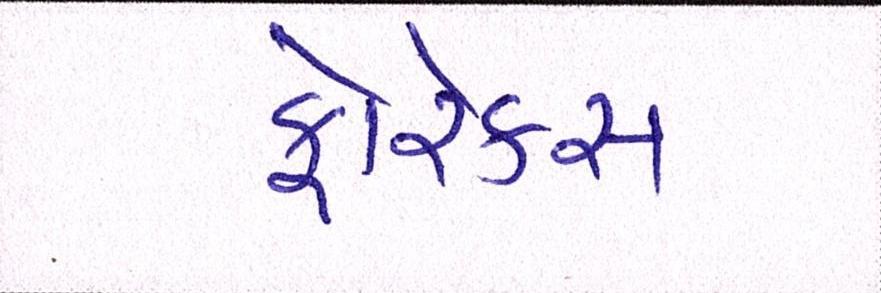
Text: ફોરેક્સ